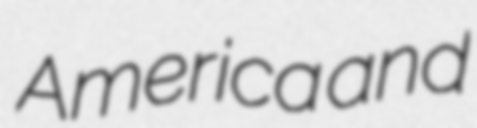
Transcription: America and